Vaccination in Burma 1889-1999 - 1889-1999
Year: 1889
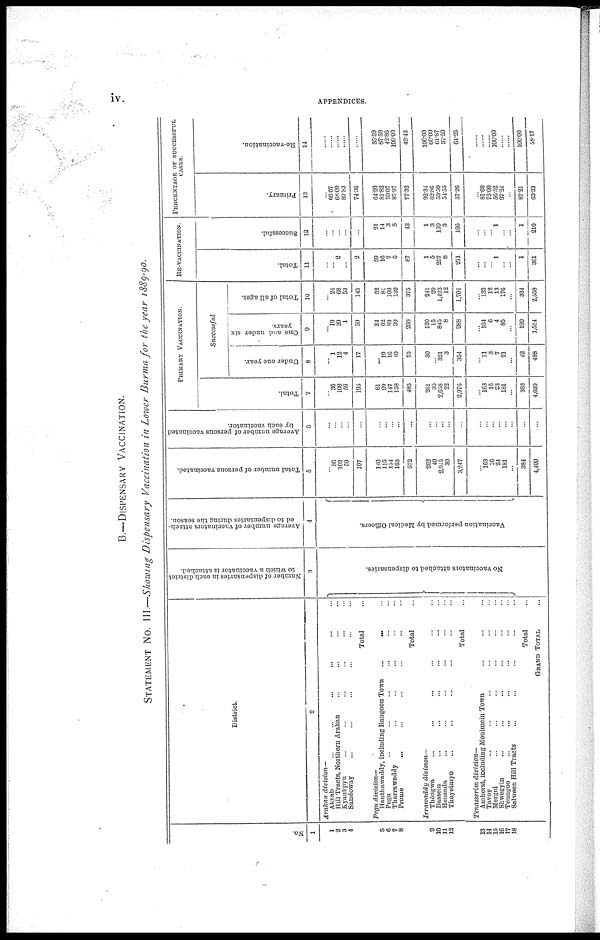
iv.
APPENDICES.
B.—DISPENSARY VACCINATION.
STATEMENT No. III.—Showing Dispensary Vaccination in Lower Burma for the year 1889-90.
No.
1
1
2
3
4
5
6
7
8
9
10
11
12
13
14
15
16
17
18
District
2
Arakan division—
Akyab ... ... ... ... ... ...
Hill Tracts, Northern Arakan ... ... ... ...
Kyaukpyu ... ... ... ... ... ...
Sandoway ... ... ... ... ... ...
Total ...
Pegu division—
Hanthawaddy, including Rangoon Town
...
... ...
Pegu
... ... ... ... ... ...
Tharrawaddy ... ... ... ... ...
Prome ... ... ... ... ... ...
Total ...
Irrawaddy
division—
Thôngwa ... ... ... ... ... ...
Bassein ... ... ... ... ... ...
Henzada ... ... ... ... ... ...
Thayetmyo ... ... ... ... ... ...
Total ...
Tenasserim division—
Amherst, including Moulmein Town ... ... ...
Tavoy ... ... ... ... ... ... ...
Mergui ... ... ... ... ... ...
Shwegyin ... ... ... ... ... ...
Toungoo ... ... ... ... ... ... ...
Salween Hill Tracts ... ... ... ... ...
Total ...
GRAND TOTAL ...
Number of dispensaries in each district
to which a vaccinator is attached.
3
No vaccinators attached to dispensaries.
Average number of vaccinators attach-
ed to dispensaries during the season.
4
Vaccination performed by Medical Officers.
Total number of persons vaccinated.
5
...
36
102
59
197
140
115
154
163
572
262
40
2,915
30
3,247
...
163
16
24
181
...
384
4,400
Average number of persons vaccinated
by each vaccinator.
6
...
...
...
...
...
...
...
...
...
...
...
...
...
...
...
...
...
...
...
...
...
...
...
PRIMARY VACCINATION.
Total.
7
...
36
100
59
195
81
99
147
158
485
261
35
2,658
22
2,976
...
163
16
23
181
...
383
4,039
Successful
Under one year.
8
...
1
12
4
17
...
19
16
40
75
30
...
321
3
354
...
11
3
7
21
...
42
488
One and under six
years.
9
...
19
39
1
59
24
62
83
99
268
120
15
845
8
988
...
104
6
4
85
...
199
1,514
Total of all ages.
10
...
24
68
53
145
52
81
103
139
375
241
29
1,422
12
1,704
...
133
12
13
176
...
334
2,558
RE-VACCIANTION.
Total.
11
...
...
2
...
2
59
16
7
5
87
1
5
257
8
271
...
...
...
1
...
...
1
361
Successful.
12
...
...
...
...
...
21
14
3
5
43
1
3
159
3
166
...
...
...
1
...
...
1
210
PERCENTAGE OF SUCCESSFUL
CASES.
Primary.
13
...
66.67
68.00
89.83
74.36
64.20
81.82
70.07
87.97
77.32
92.34
82.86
53.50
54.55
57.26
...
81.60
75.00
56.52
97.24
...
87.21
63.33
Re-vaccination.
14
......
......
......
......
......
35.59
87.50
42.86
100.00
49.43
100.00
60.00
61.87
37.50
61.25
......
......
......
100.00
......
...
100.00
58.17